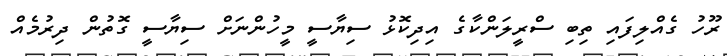
ރޫހު ގެއްލިފައި ތިބި ސްރީލަންކާގެ އިދިކޮޅު ސިޔާސީ މީހުންނަށް ސިޔާސީ ގޮތުން ދިރުމެއް